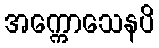
အက္ကောသေနပိ